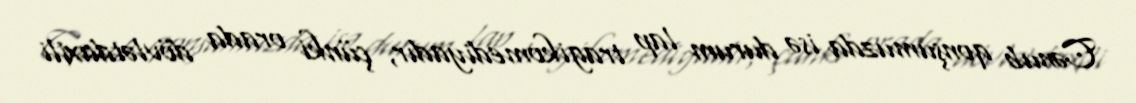
Cənub qonşumuzda isə durum lap tragikomediyadır, çünki orada dövlətdaxili